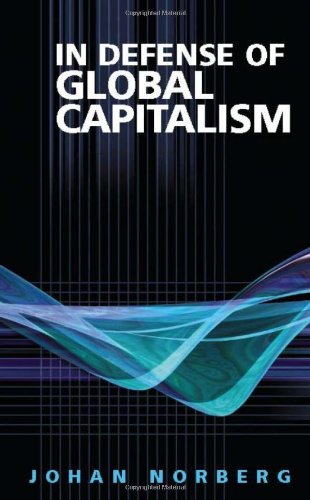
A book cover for In Defense of Global Capitalism; Johan Norberg senior fellow at the Cato Institute and author of "In Defence of Global Capitalism"; Law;